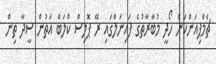
ޗެމްޕިއަންކަން ހޯދީ މުބާރާތުގެ ފައިނަލްގައި ރޭ ޕޮލިސް ކްލަބް އަތުން ސީދާ ތިން